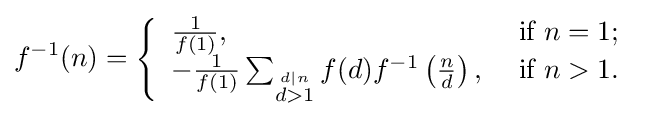
f^{-1}(n)={\Biggl \{}{\begin{array}{ll}{\frac {1}{f(1)}},&{\text{ if }}n=1;\\-{\frac {1}{f(1)}}\sum _{\stackrel {d\mid n}{d>1}}f(d)f^{-1}\left({\frac {n}{d}}\right),&{\text{ if }}n>1.\end{array}}